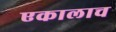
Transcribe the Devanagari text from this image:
एकालाच